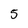
Character: 5